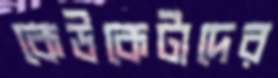
কেউকেটাদের